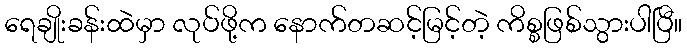
ရေချိုးခန်းထဲမှာ လုပ်ဖို့က နောက်တဆင့်မြင့်တဲ့ ကိစ္စဖြစ်သွားပါပြီ။